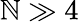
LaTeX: \mathbb{N}\gg4